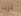
تريد